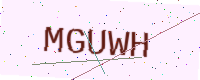
Text: MGUWH